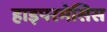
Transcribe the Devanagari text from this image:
हाइपरमेसिस